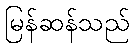
မြန်ဆန်သည်